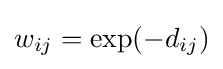
w_{ij}=\exp(-d_{ij})